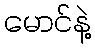
မောင်နဲ့